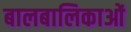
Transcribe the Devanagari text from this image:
बालबालिकाओं